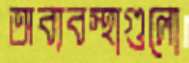
অব্যবস্থাগুলো